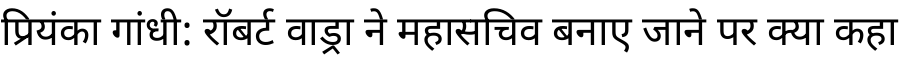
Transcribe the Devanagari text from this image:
प्रियंका गांधी: रॉबर्ट वाड्रा ने महासचिव बनाए जाने पर क्या कहा